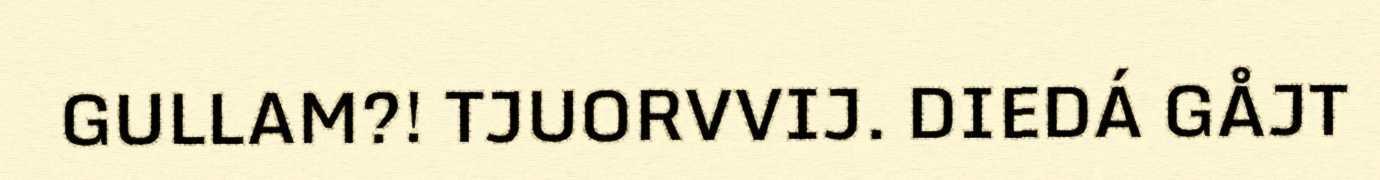
GULLAM?! TJUORVVIJ. DIEDÁ GÅJT